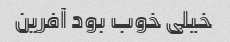
خیلی خوب بود آفرین